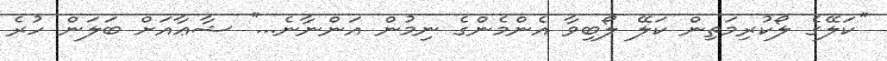
''ކަލޭގެ ލޯކުރިމަތިން ކަލޭ ލޯބިވާ އެންމެންގެ ނިމުން އަންނާނެ...'' ޝާޢާއަށް ބަލަން ހުރެ